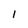
Character: l